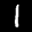
Label: 1